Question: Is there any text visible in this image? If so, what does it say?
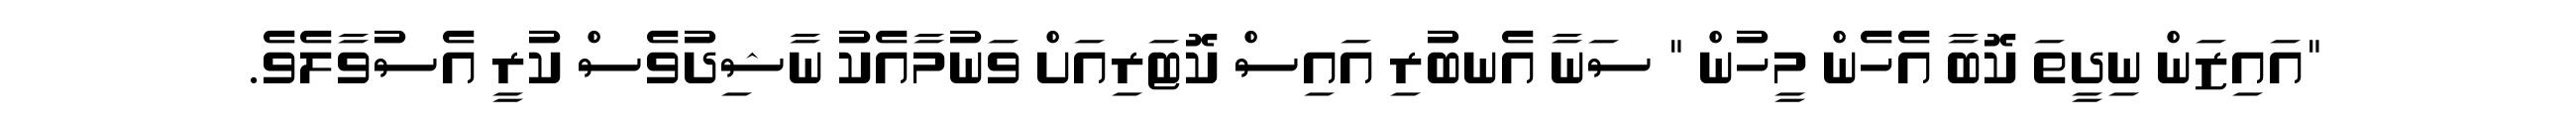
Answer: "އައިޒަން ނިދީތަ ކޮބާ އެހެން މީހުން " ސަނާ އެނބުރި އައިސް ކޮޓަރިއަށް ވަނުމާއެކު ނާޝިދުވެސް ކުރީ އެސުވާލެވެ.